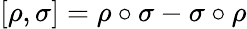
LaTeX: [\rho,\sigma]=\rho\circ\sigma-\sigma\circ\rho